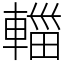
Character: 輺